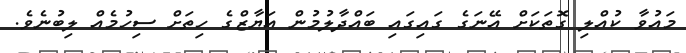
މައުވާ ކުއްލި ގޮތަކަށް އޭނަގެ ގައިގައި ބައްދާލުމުން އަޔާޒްގެ ހިތަށް ސިހުމެއް ލިބުނެވެ.